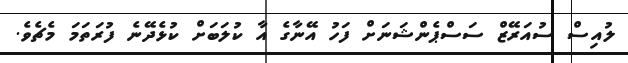
ލުއިސް ސުއަރޭޒް ސަސްޕެންޝަނަށް ފަހު އޭނާގެ އާ ކުލަބަށް ކުޅެދޭނެ ފުރަތަމަ މެޗެވެ.